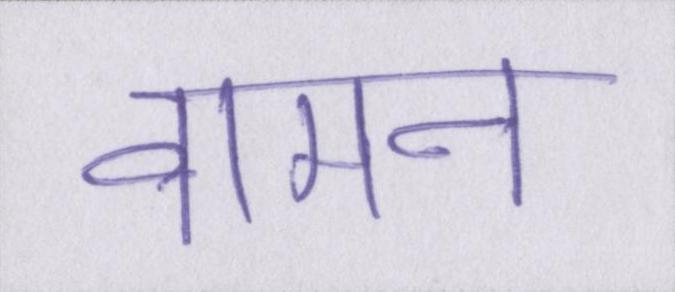
वामन